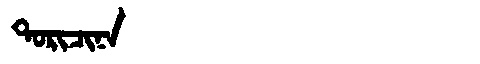
Manchu: ᡨᠣᡵᡳᠴᡳᠨᠠ
Romanization: TORICINA